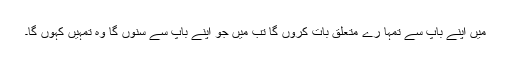
میں اپنے باپ سے تمہا رے متعلق بات کروں گا تب میں جو اپنے باپ سے سنوں گا وہ تمہیں کہوں گا۔